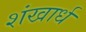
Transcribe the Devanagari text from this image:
शंखार्ध